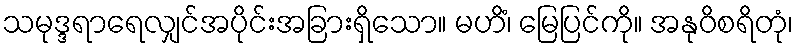
သမုဒ္ဒရာရေလျှင်အပိုင်းအခြားရှိသော။ မဟိံ၊ မြေပြင်ကို။ အနုဝိစရိတုံ၊